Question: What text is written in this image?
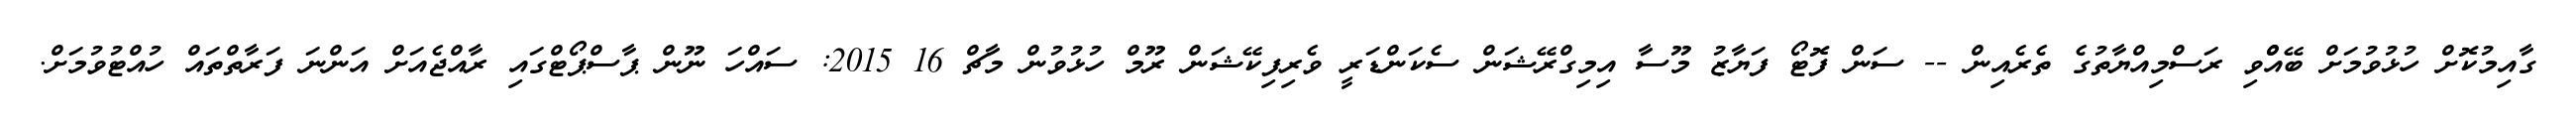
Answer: ގާއިމުކޮށް ހުޅުވުމަށް ބޭއްްވި ރަސްމިއްޔާތުގެ ތެރެއިން -- ސަން ފޮޓޯ ފަޔާޒު މޫސާ އިމިގްރޭޝަން ސެކަންޑަރީ ވެރިފިކޭޝަން ރޫމް ހުޅުވުން މާޗް 16 2015: ސައްހަ ނޫން ޕާސްޕޯޓްގައި ރާއްޖެއަށް އަންނަ ފަރާތްތައް ހުއްޓުވުމަށް.